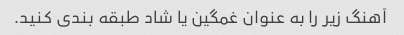
آهنگ زیر را به عنوان غمگین یا شاد طبقه بندی کنید.